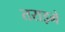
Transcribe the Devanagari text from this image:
तराइमे